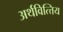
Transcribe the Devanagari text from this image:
अर्थवित्त्तिय